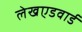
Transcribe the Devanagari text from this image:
लेखएडवार्ड